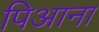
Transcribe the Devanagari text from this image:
पिआना